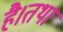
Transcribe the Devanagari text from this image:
है।तथा